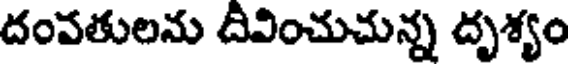
దంపతులను దివించుచున్న దృశ్యం